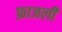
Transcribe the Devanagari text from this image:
फ़ाजली